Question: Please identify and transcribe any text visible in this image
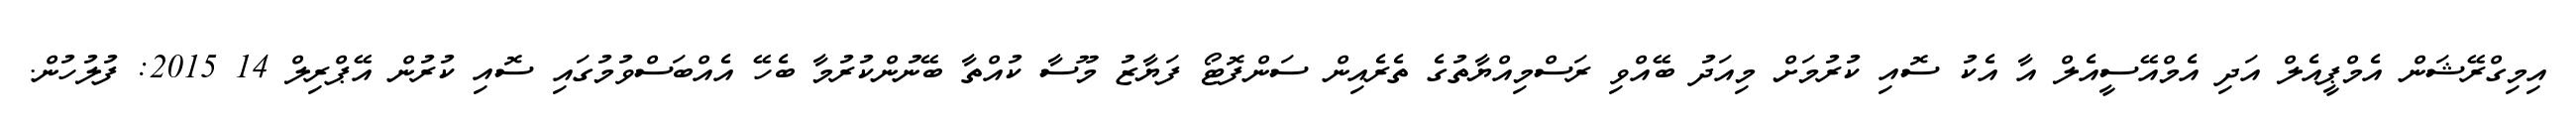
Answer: އިމިގްރޭޝަން އެމްޕީއެލް އަދި އެމްއޭސީއެލް އާ އެކު ސޮއި ކުރުމަށް މިއަދު ބޭއްވި ރަސްމިއްޔާތުގެ ތެރެއިން ސަންފޮޓޯ ފަޔާޒު މޫސާ ކުއްތާ ބޭނުންކުރުމާ ބެހޭ އެއްބަސްވުމުގައި ސޮއި ކުރުން އޭޕްރިލް 14 2015: ފުލުހުން.